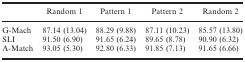
|  | Random 1 | Pattern 1 | Pattern 2 | Random 2 |
 | --- | --- | --- | --- | --- |
 | G-Mach | 87.14 (13.04) | 88.29 (9.88) | 87.11 (10.23) | 85.57 (13.80) |
 | SLI | 91.50 (6.90) | 91.65 (6.24) | 89.65 (8.78) | 90.90 (6.32) |
 | A-Match | 93.05 (5.30) | 92.80 (6.33) | 91.85 (7.13) | 91.65 (6.66) |